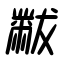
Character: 黻